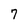
Character: 7